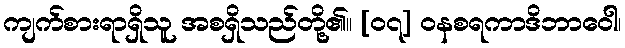
ကျက်စားရာရှိသူ အစရှိသည်တို့၏။ [၀၇] ဝနစရကာဒိဘာဝေါ၊